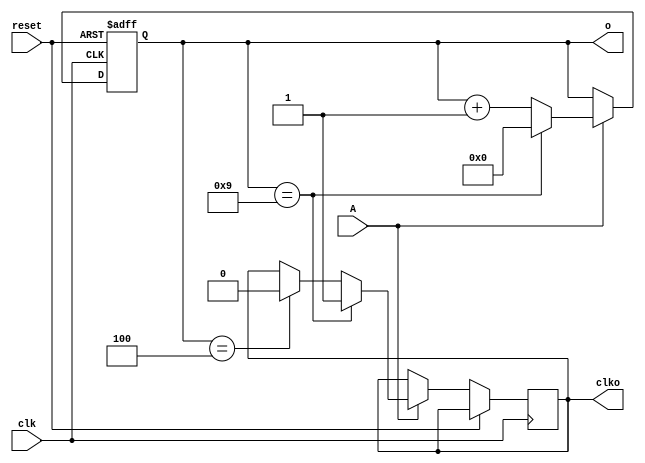
module Counter(reset,A,clk,clko,o);
	input reset, A, clk;
	output reg clko;
	output reg [3:0]o;
	//Declare inputs and outputs.
	
	always@(posedge clk, posedge reset) begin
		if(reset)
			o <= 4'b0000;
		//If the user resets the clock,
		//set the output to 0.
		
		else if (A) begin
			if (o == 4'b0100)
				clko <= 1'b0;
			if (o == 4'b1001) begin
				clko <= 1'b1;
				o <= 1'b0000;
			end
			else
				o <= o + 1'b1;
		end
		//When activated, count and
		//output a clock at 1/10 speed.
		
		else
			o = o;
		//When not activated, continue to
		//display the current value.
	end

endmodule